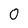
Character: 0